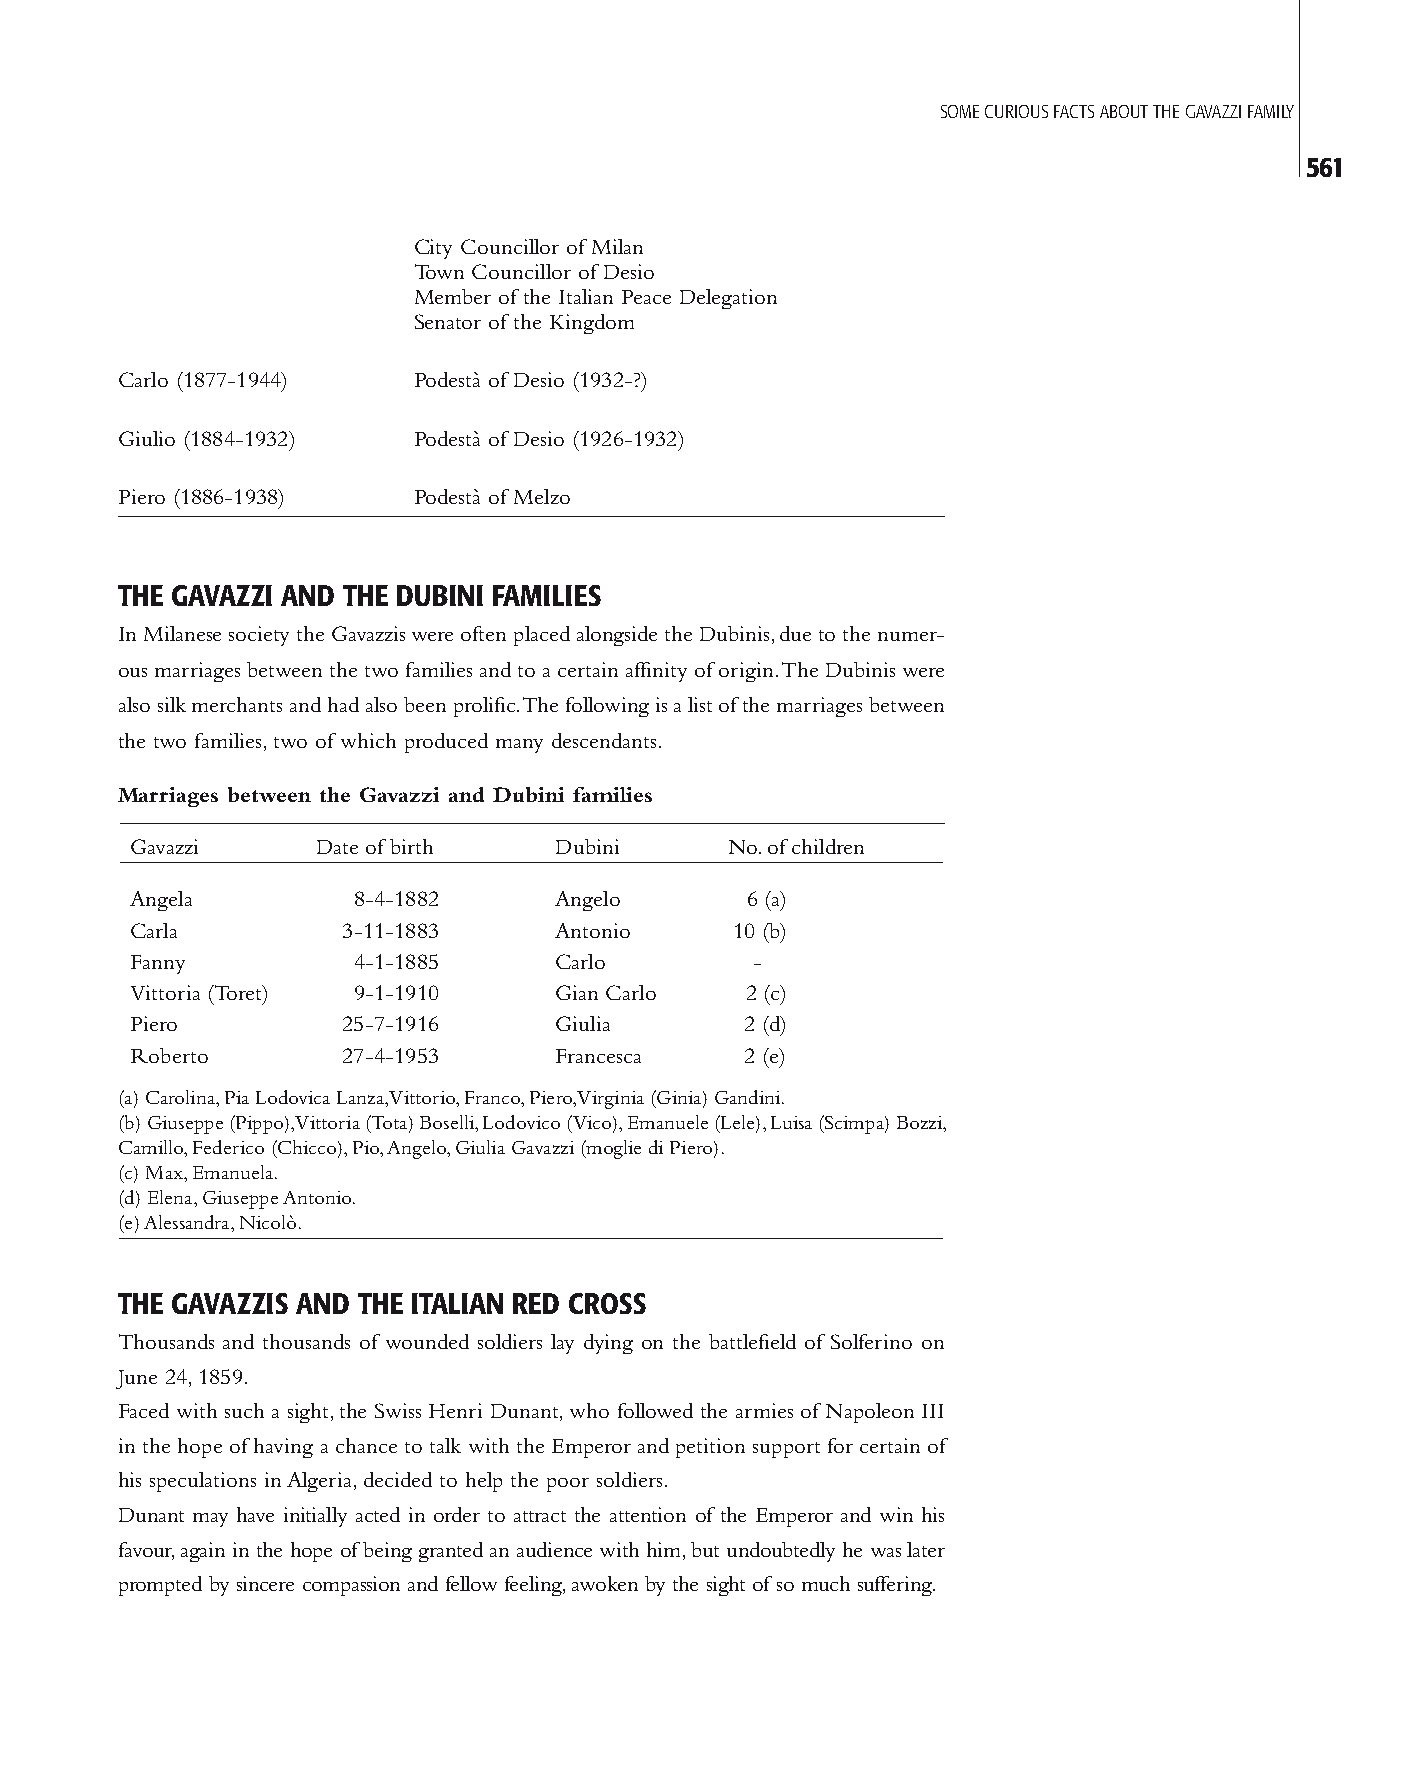
SOME CURIOUS FACTS ABOUT THE GAVAZZI FAMILY
 561
 City Councillor of Milan
 Town Councillor of Desio
 Member of the Italian Peace Delegation
 Senator of the Kingdom
 Carlo (1877-1944)  Podestà of Desio (1932-?)
 Giulio (1884-1932) Podestà of Desio (1926-1932)
 Piero (1886-1938)  Podestà of Melzo
 THE GAVAZZI AND THE DUBINI FAMILIES
 In Milanese society the Gavazzis were often placed alongside the Dubinis, due to the numer-
 ous marriages between the two families and to a certain affinity of origin. The Dubinis were
 also silk merchants and had also been prolific. The following is a list of the marriages between
 the two families, two of which produced many descendants.
 Marriages between the Gavazzi and Dubini families
 Gavazzi     Date of birth   Dubini     No. of children
 Angela        8-4-1882      Angelo      6 (a)
 Carla         3-11-1883     Antonio     10 (b)
 Fanny         4-1-1885      Carlo        -
 Vittoria (Toret) 9-1-1910   Gian Carlo  2 (c)
 Piero         25-7-1916     Giulia      2 (d)
 Roberto       27-4-1953     Francesca   2 (e)
 (a) Carolina, Pia Lodovica Lanza, Vittorio, Franco, Piero, Virginia (Ginia) Gandini.
 (b) Giuseppe (Pippo), Vittoria (Tota) Boselli, Lodovico (Vico), Emanuele (Lele), Luisa (Scimpa) Bozzi,
 Camillo, Federico (Chicco), Pio, Angelo, Giulia Gavazzi (moglie di Piero).
 (c) Max, Emanuela.
 (d) Elena, Giuseppe Antonio.
 (e) Alessandra, Nicolò.
 THE GAVAZZIS AND THE ITALIAN RED CROSS
 Thousands and thousands of wounded soldiers lay dying on the battlefield of Solferino on
 June 24, 1859.
 Faced with such a sight, the Swiss Henri Dunant, who followed the armies of Napoleon III
 in the hope of having a chance to talk with the Emperor and petition support for certain of
 his speculations in Algeria, decided to help the poor soldiers.
 Dunant may have initially acted in order to attract the attention of the Emperor and win his
 favour, again in the hope of being granted an audience with him, but undoubtedly he was later
 prompted by sincere compassion and fellow feeling, awoken by the sight of so much suffering.